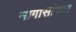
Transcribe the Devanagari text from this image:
मागासांच्या